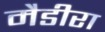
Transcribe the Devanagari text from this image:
मैडीरा